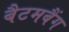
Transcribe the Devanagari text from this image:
बैटमबैंग